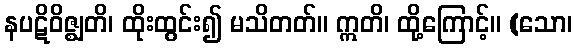
နပဋိဝိဇ္ဈတိ၊ ထိုးထွင်း၍ မသိတတ်။ ဣတိ၊ ထို့ကြောင့်။ (သော၊